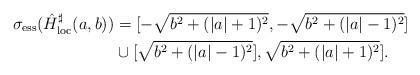
LaTeX: \begin{align*}\sigma_{\mathrm{ess}}(\hat{H}^\sharp_{\mathrm{loc}}(a, b))&= [- \sqrt{b^2 + (\lvert a \rvert + 1)^2}, - \sqrt{b^2 + (\lvert a \rvert - 1)^2}] \\& \cup[\sqrt{b^2 + (\lvert a \rvert - 1)^2}], \sqrt{b^2 + (\lvert a \rvert + 1)^2}].\end{align*}